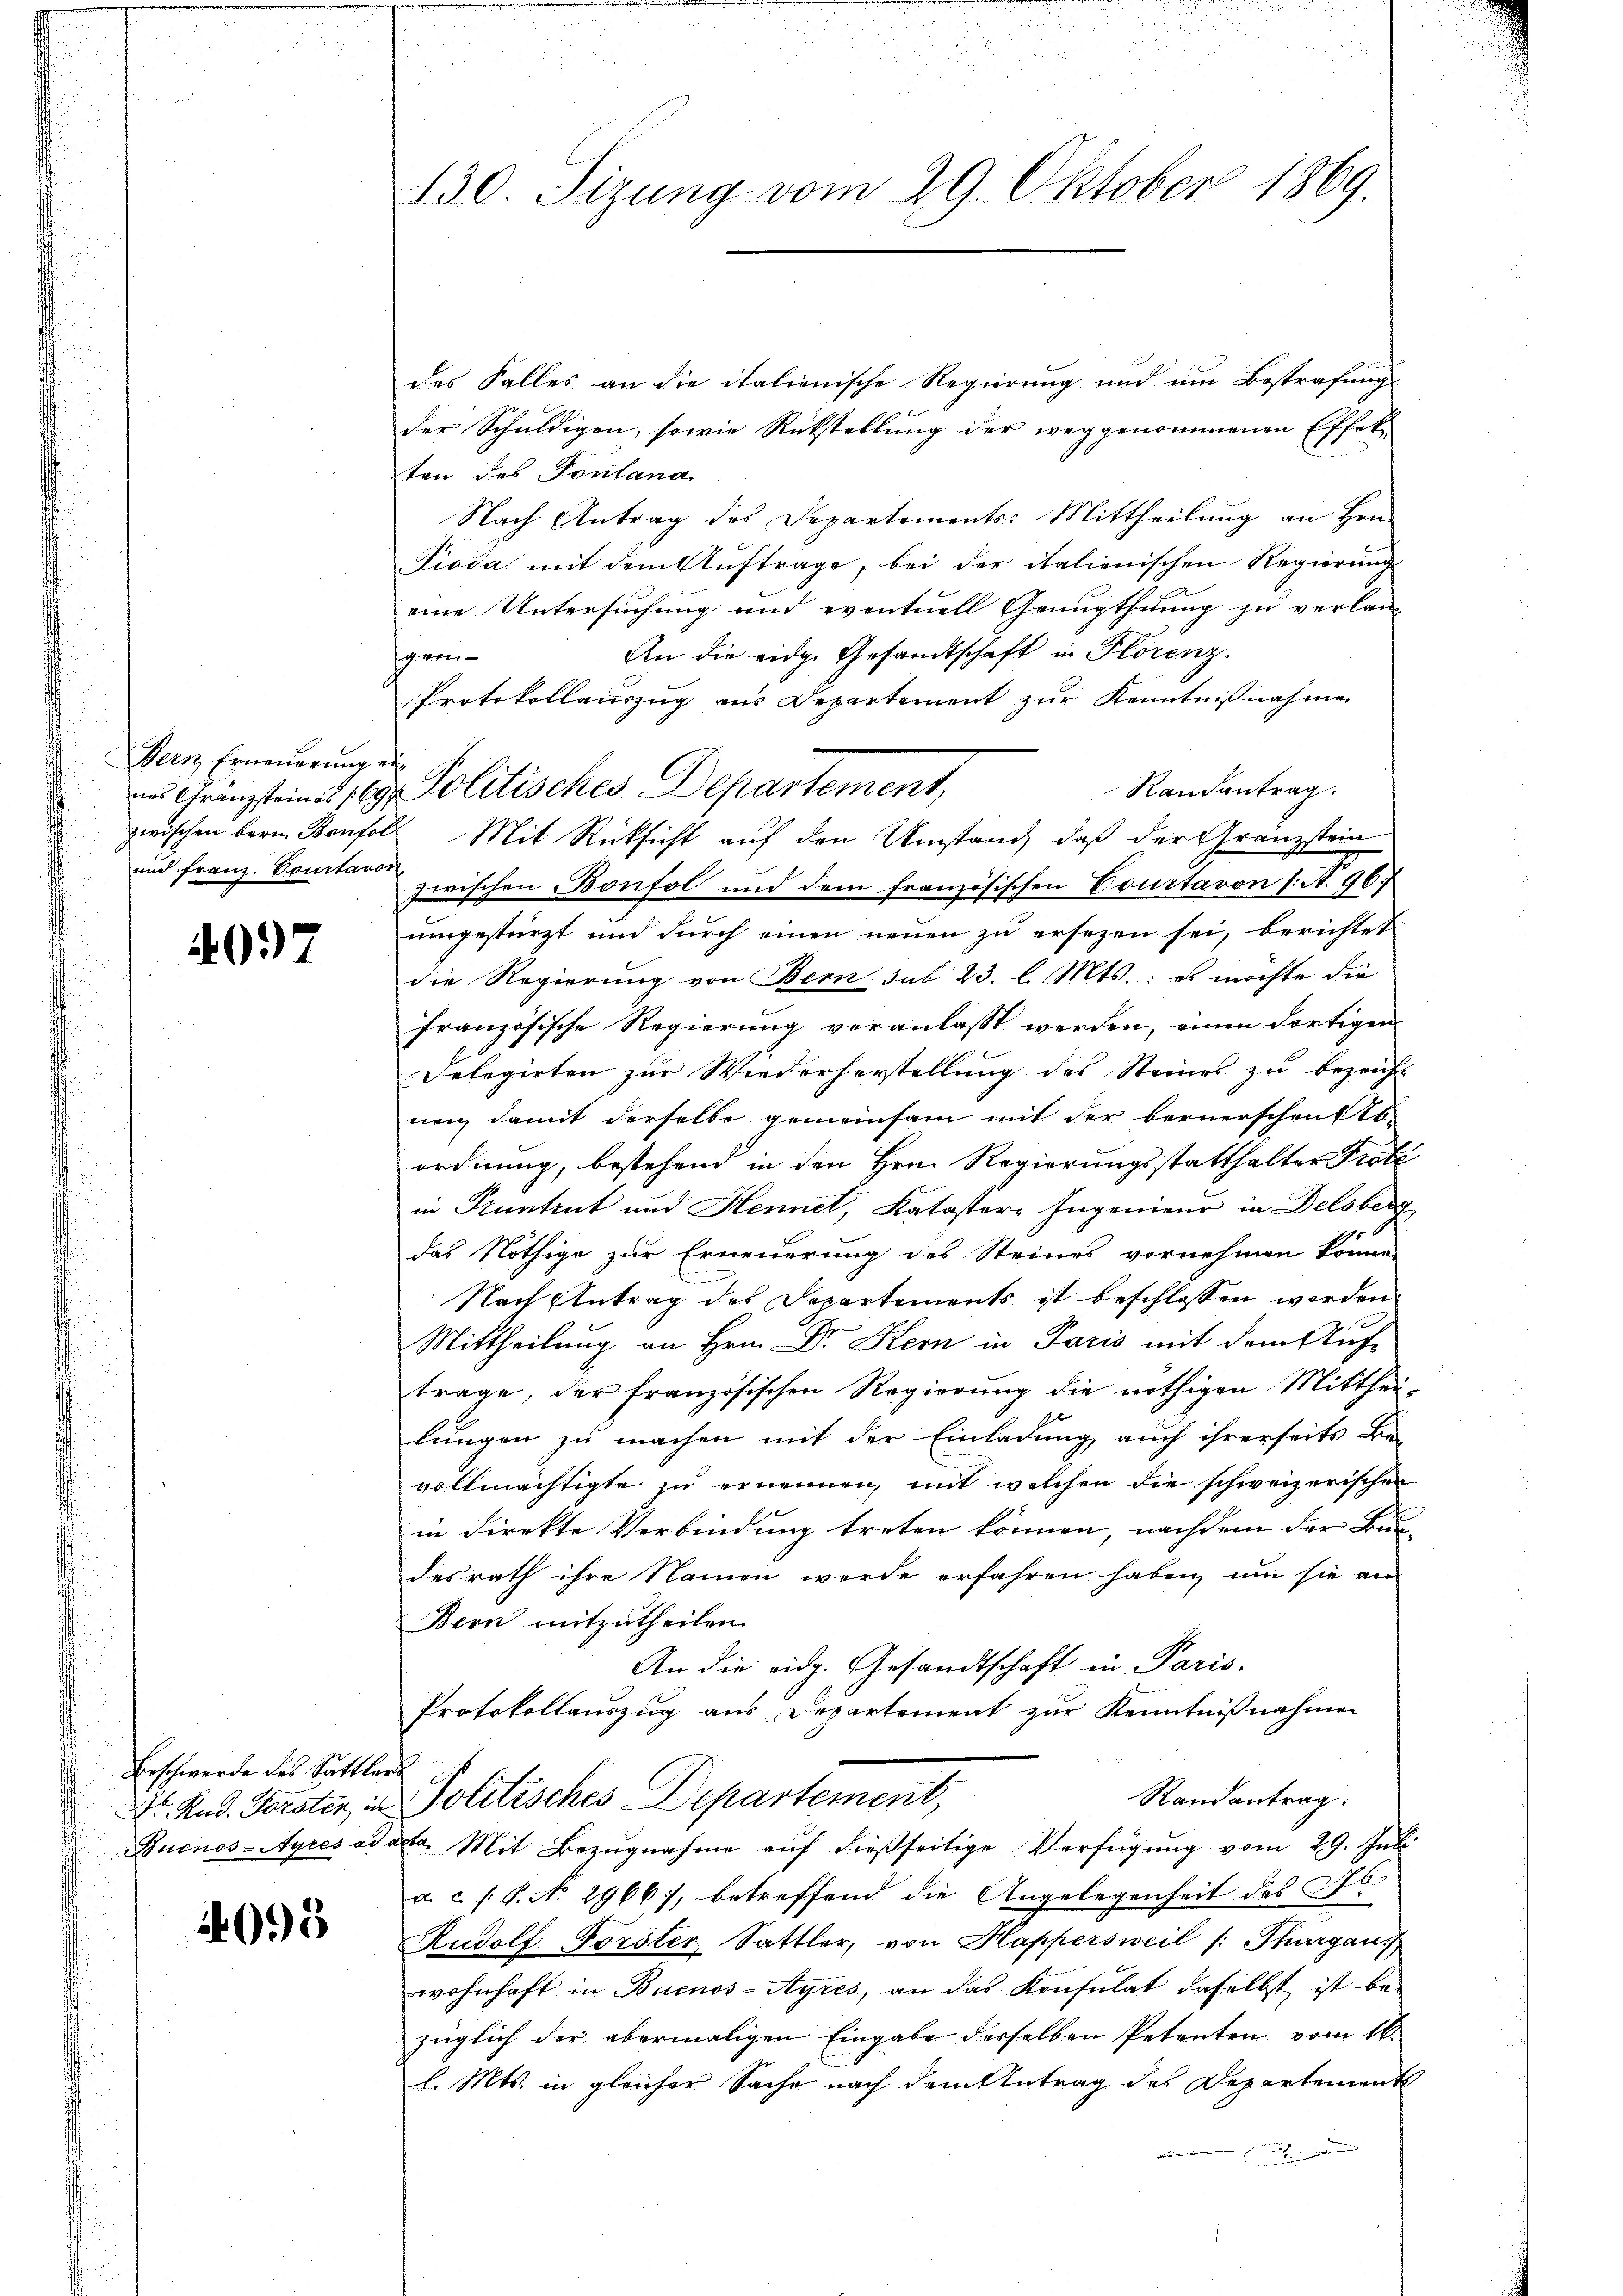
ern Erneuerung aus
und Franz. Comitavon,

4037

Beschwerde des Sattlers

4095

130. Sizung vom 29. Oktober 1869.

des Falles an die italienische Regierung und um Bestrafung
der Schuldigen, sowie Rückstellung der weggenommenen Effekten des Fontana
Nach Antrag des Departements: Mittheilung an Hrn.
Pioda mit dem Auftrage, bei der italienischen Regierung
eine Untersuchung und eventuell Genugthuung zu verlan
An die eidg. Gesandtschaft in Florenz.
gern-
Protokollauszug aus Departement zur Kenntnißnahmen
Randantrag
zwischen bern Bonfoll Mit Rücksicht auf den Umstand, daß der Granzstein
zwischen Bonfol und dem französischen Courtavon (S. 96
umgestürzt und durch einen neuen zu ersezen sei, berichtet
die Regierung von Bern sub 23. l. Mts.: es möchte die
französische Regierung veranlasst werden, einen dortigen
Delegirten zur Wiederherstellung des Steines zu bezeicht
nen, damit derselbe gemeinsam mit der bernerschenf b
ordnung, bestehend in den Hrn. Regierungsstatthalter Prote
in Pruntrut und Hennet, Katastere Ingenieur in Delsberg
das Nöthige zur Erneuerung des Steines vornehmen könne,
Nach Antrag des Departements ist beschlossen worden.
Mittheilung an Hrn. Dr. Kern in Paris mit dem Auf-
trage, der französischen Regierung die nöthigen Mittheilungen zu machen mit der Einladung auch ihrerseits Be-
vollmächtigte zu ernennen, mit welchen die schweizerischen
in direkte Verbindung treten können, nachdem der Bun-
desrath ihre Namen werde erfahren haben, um sie an
Bern mitzutheilen.
An die eidg. Gesandtschaft in Paris.
Protokollauszug aus Departement zur Kenntnißnahmen
Randantrag.
Dr. Rud. Forster in Politisches Departement,
Buenos-Ayres ad acta. Mit Bezŭgnahme aŭf dießseitige Verfügŭng vom 29. Juli.
u. c. /: P. No 2966), betreffend die Angelegenheit des Al.
Rudolf Forster Sattler, von Happersweil /: Thurgau.
wohnhaft in Buenos-Ayres, an das Konsulat daselbst ist be-
züglich der abermaligen Eingabe desselben Petenten vom 16.
l. Mts. in gleicher Sache nach dem Antrag des Departements

ans Gränzsteines 169. Politisches Departement,